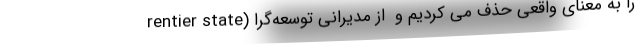
rentier state) را به معنای واقعی حذف می کردیم و ‌ از مدیرانی توسعه‌گرا